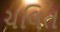
ચલિત